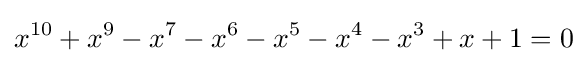
x^{10}+x^{9}-x^{7}-x^{6}-x^{5}-x^{4}-x^{3}+x+1=0